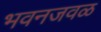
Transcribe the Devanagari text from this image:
भवनजवळ